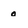
Character: 0